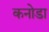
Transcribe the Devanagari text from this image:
कनोडा